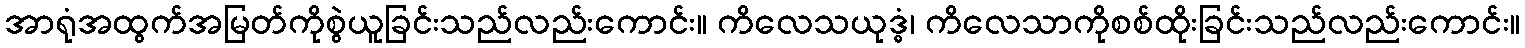
အာရုံအထွက်အမြတ်ကိုစွဲယူခြင်းသည်လည်းကောင်း။ ကိလေသယုဒ္ဓံ၊ ကိလေသာကိုစစ်ထိုးခြင်းသည်လည်းကောင်း။